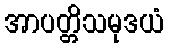
အာပတ္တိသမုဒယံ